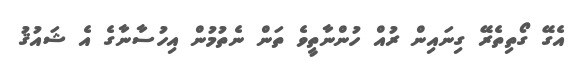
އެގޭ ގޯތިތެރޭ ގިނައިން ރުއް ހުންނާތީވެ ތަން ނެތުމުން އިހުސާނާގެ އެ ޝައުޤު